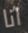
انا